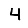
Digit: 4